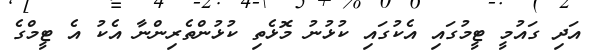
އަދި ގައުމީ ޓީމުގައި އެކުގައި ކުޅުނު މޮޅެތި ކުޅުންތެރިންނާ އެކު އެ ޓީމްގެ